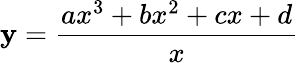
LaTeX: \mathbf{y}=\frac{{ax^{3}+bx^{2}+cx+d}}{{x}}